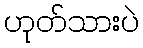
ဟုတ်သားပဲ